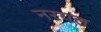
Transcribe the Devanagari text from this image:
नरयल